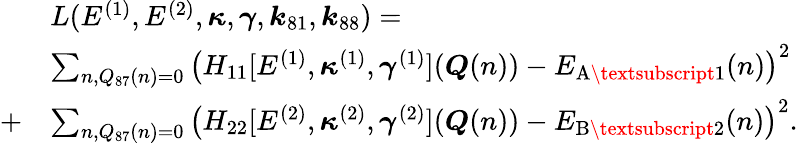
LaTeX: \begin{array}{rl}&{L(E^{(1)},E^{(2)},\boldsymbol{\kappa},\boldsymbol{\gamma},\boldsymbol{k}_{81},\boldsymbol{k}_{88})=}\\ &{\sum_{n,Q_{87}(n)=0}\left(H_{11}[E^{(1)},\boldsymbol{\kappa}^{(1)},\boldsymbol{\gamma}^{(1)}](\boldsymbol{Q}(n))-E_{\mathrm{A\textsubscript{1}}}(n)\right)^{2}}\\ {+}&{\sum_{n,Q_{87}(n)=0}\left(H_{22}[E^{(2)},\boldsymbol{\kappa}^{(2)},\boldsymbol{\gamma}^{(2)}](\boldsymbol{Q}(n))-E_{\mathrm{B\textsubscript{2}}}(n)\right)^{2}.}\end{array}